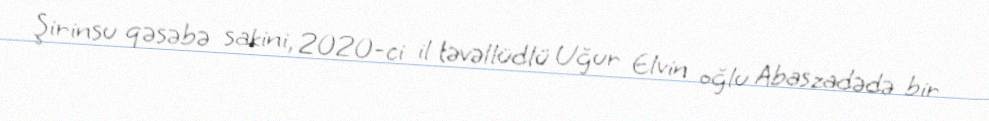
Şirinsu qəsəbə sakini, 2020-ci il təvəllüdlü Uğur Elvin oğlu Abaszadədə bir